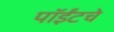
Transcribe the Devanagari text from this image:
पॉईंटचे